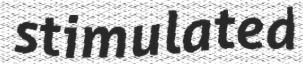
stimulated